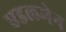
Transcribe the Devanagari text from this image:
एडलमेन